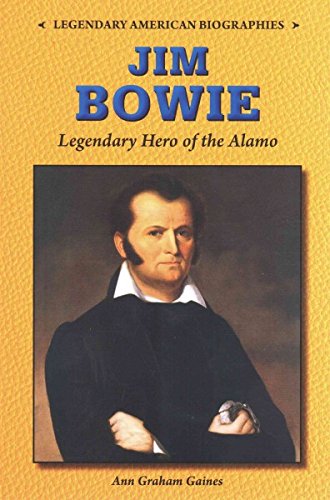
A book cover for Jim Bowie: Legendary Hero of the Alamo (Legendary American Biographies); Ann Gaines; Teen & Young Adult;